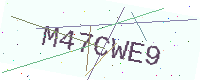
Text: M47CWE9